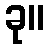
ခု။